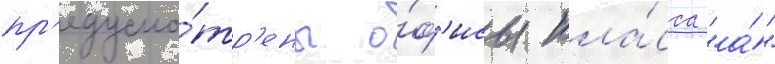
пр'едусмо́тр'ены о́ф'исы кла́сса "а́"